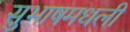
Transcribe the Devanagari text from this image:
सुभाषमधली